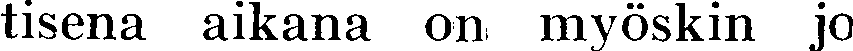
tisena aikana on myöskin jo